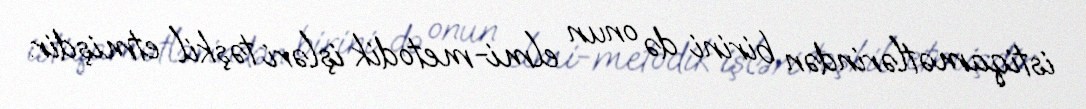
istiqamətlərindən birini də onun elmi-metodik işləri təşkil etmişdir.